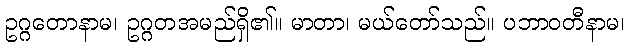
ဥဂ္ဂတောနာမ၊ ဥဂ္ဂတအမည်ရှိ၏။ မာတာ၊ မယ်တော်သည်။ ပဘာဝတီနာမ၊